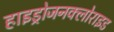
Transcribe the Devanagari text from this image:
हाइड्रोजनक्लोराइड